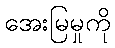
အေးမြမှုကို